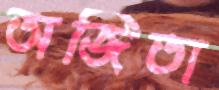
অজিতা